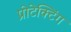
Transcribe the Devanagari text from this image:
प्रोटेक्टिंग